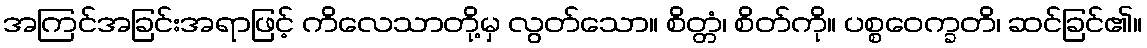
အကြင်အခြင်းအရာဖြင့် ကိလေသာတို့မှ လွတ်သော။ စိတ္တံ၊ စိတ်ကို။ ပစ္စဝေက္ခတိ၊ ဆင်ခြင်၏။